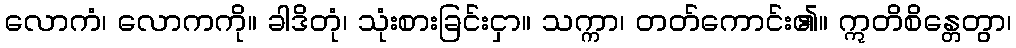
လောကံ၊ လောကကို။ ခါဒိတုံ၊ သုံးစားခြင်းငှာ။ သက္ကာ၊ တတ်ကောင်း၏။ ဣတိစိန္တေတွာ၊